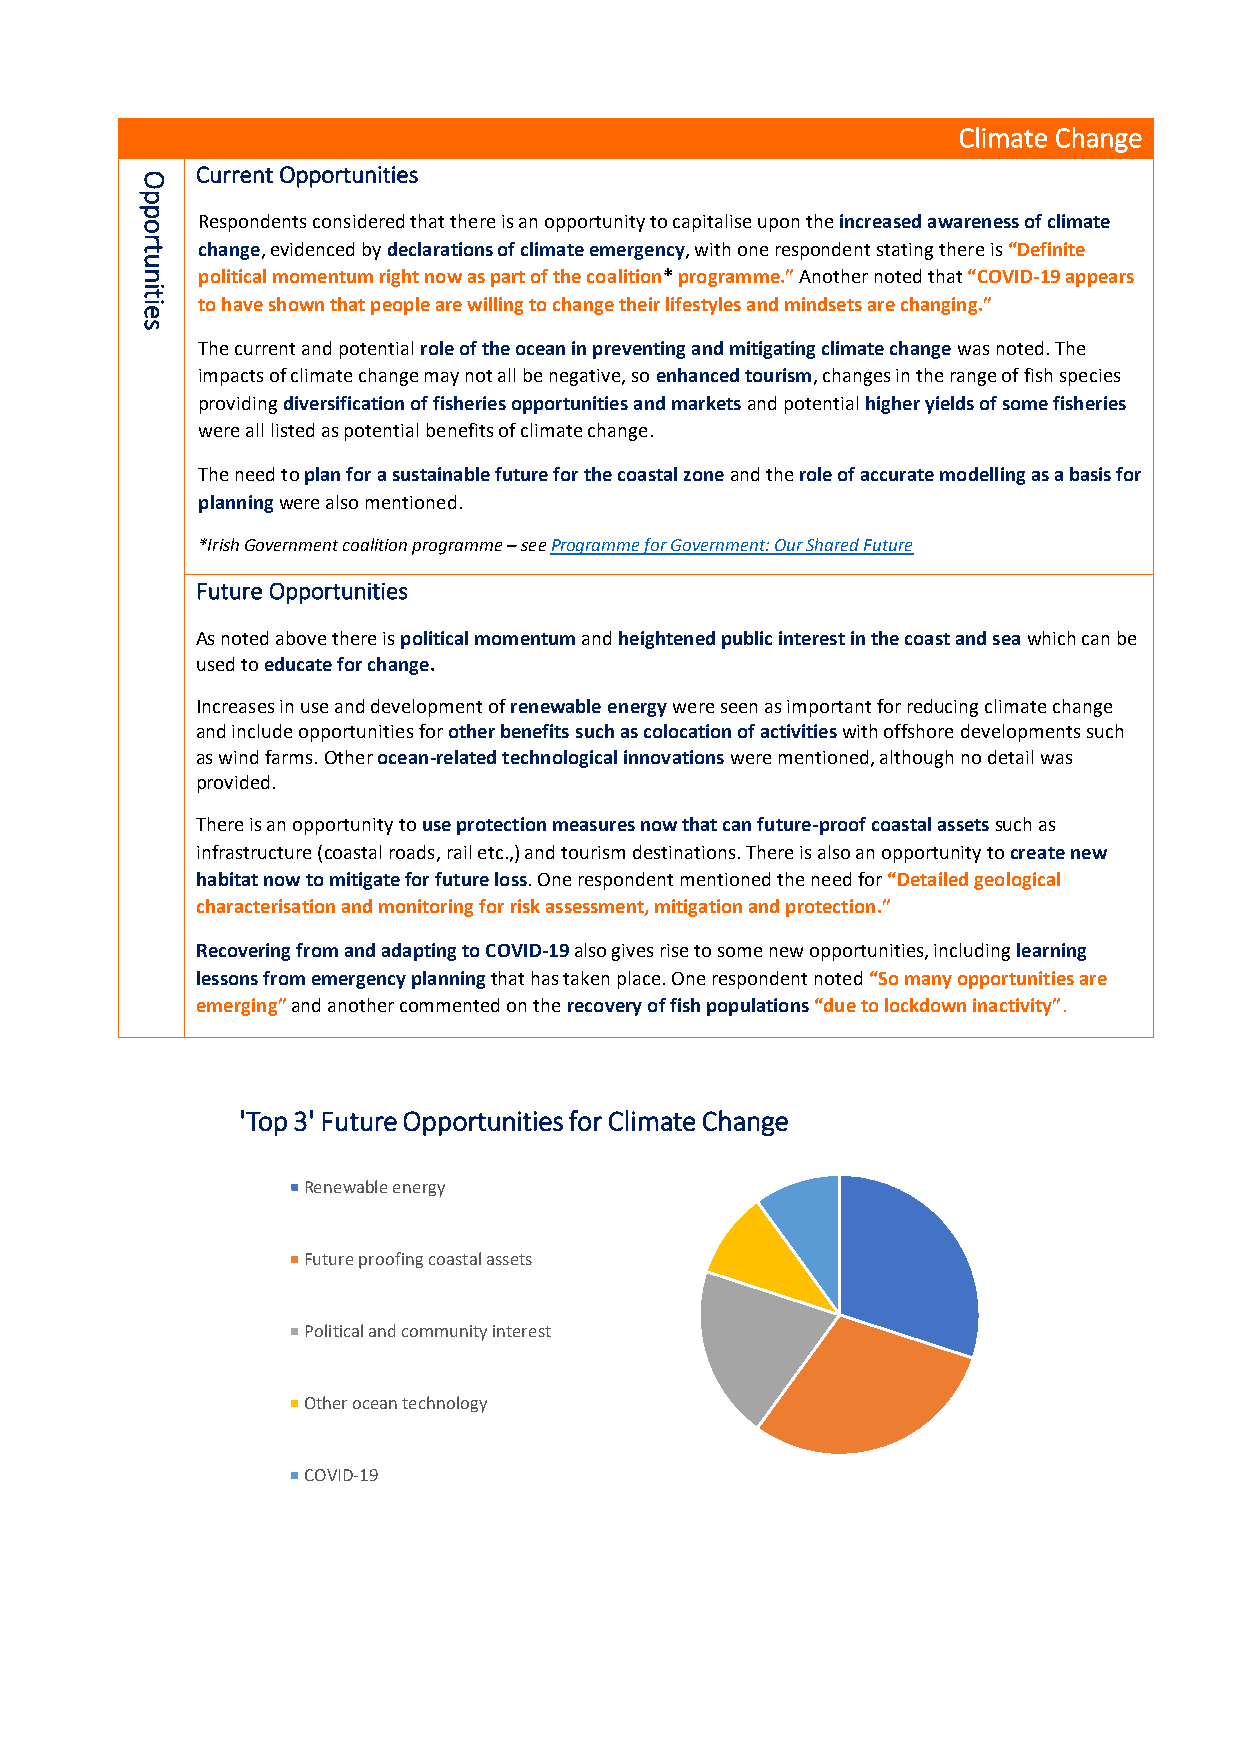
Climate Change
 O
 Current Opportunities
 p
 p
 o   Respondents considered that there is an opportunity to capitalise upon the increased awareness of climate
 r
 t   change, evidenced by declarations of climate emergency, with one respondent stating there is “Definite
 u
 n   political momentum right now as part of the coalition* programme.” Another noted that “COVID-19 appears
 it
 ie  to have shown that people are willing to change their lifestyles and mindsets are changing.”
 s
 The current and potential role of the ocean in preventing and mitigating climate change was noted. The
 impacts of climate change may not all be negative, so enhanced tourism, changes in the range of fish species
 providing diversification of fisheries opportunities and markets and potential higher yields of some fisheries
 were all listed as potential benefits of climate change.
 The need to plan for a sustainable future for the coastal zone and the role of accurate modelling as a basis for
 planning were also mentioned.
 *Irish Government coalition programme – see Programme for Government: Our Shared Future
 Future Opportunities
 As noted above there is political momentum and heightened public interest in the coast and sea which can be
 used to educate for change.
 Increases in use and development of renewable energy were seen as important for reducing climate change
 and include opportunities for other benefits such as colocation of activities with offshore developments such
 as wind farms. Other ocean-related technological innovations were mentioned, although no detail was
 provided.
 There is an opportunity to use protection measures now that can future-proof coastal assets such as
 infrastructure (coastal roads, rail etc.,) and tourism destinations. There is also an opportunity to create new
 habitat now to mitigate for future loss. One respondent mentioned the need for “Detailed geological
 characterisation and monitoring for risk assessment, mitigation and protection.”
 Recovering from and adapting to COVID-19 also gives rise to some new opportunities, including learning
 lessons from emergency planning that has taken place. One respondent noted “So many opportunities are
 emerging” and another commented on the recovery of fish populations “due to lockdown inactivity”.
 'Top 3' Future Opportunities for Climate Change
 Renewable energy
 Future proofing coastal assets
 Political and community interest
 Other ocean technology
 COVID-19